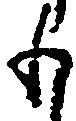
も